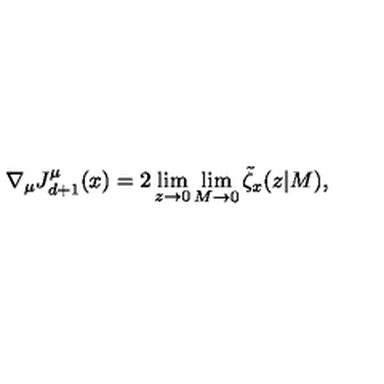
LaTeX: \nabla _ { \mu } J _ { d + 1 } ^ { \mu } ( x ) = 2 \lim _ { z \rightarrow 0 } \lim _ { M \rightarrow 0 } \tilde { \zeta } _ { x } ( z | M ) ,